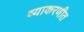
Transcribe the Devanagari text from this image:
व्याकरणीत